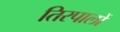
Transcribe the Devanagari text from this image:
तिरपालों